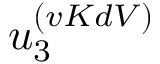
u _ { 3 } ^ { ( v K d V ) }